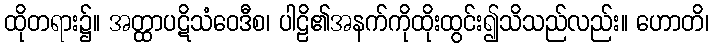
ထိုတရား၌။ အတ္ထာပဋိသံဝေဒီစ၊ ပါဠိ၏အနက်ကိုထိုးထွင်း၍သိသည်လည်း။ ဟောတိ၊